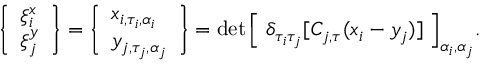
\begin{array} { r } { \Bigg \{ \begin{array} { l } { \xi _ { i } ^ { x } } \\ { \xi _ { j } ^ { y } } \end{array} \Bigg \} = \Bigg \{ \begin{array} { l } { x _ { i , \tau _ { i } , \alpha _ { i } } } \\ { y _ { j , \tau _ { j } , \alpha _ { j } } } \end{array} \Bigg \} = \operatorname* { d e t } \Big [ \ \delta _ { \tau _ { i } \tau _ { j } } [ C _ { j , \tau } ( x _ { i } - y _ { j } ) ] \ \Big ] _ { \alpha _ { i } , \alpha _ { j } } . } \end{array}